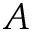
A